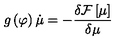
g \left( \varphi \right) \dot { \mu } = - \frac { \delta { \cal F } \left[ \mu \right] } { \delta \mu }